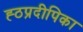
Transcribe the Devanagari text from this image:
ह्ठप्रदीपिका